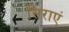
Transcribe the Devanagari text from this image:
सिराएं